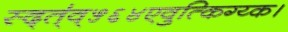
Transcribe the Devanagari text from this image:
स्द्त्॑व्५६४एवुत्किग्य्क।